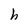
Character: h